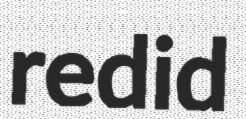
redid